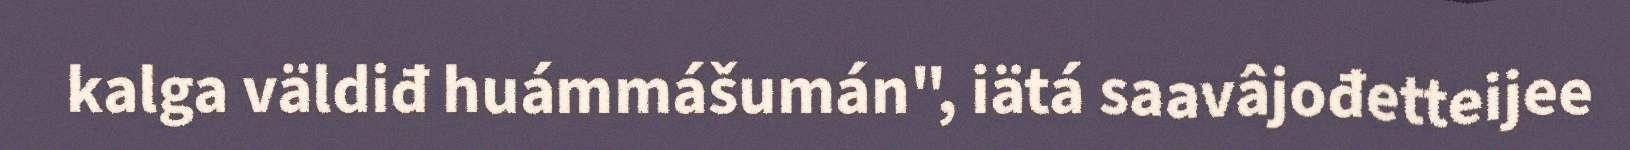
kalga väldiđ huámmášumán", iätá saavâjođetteijee